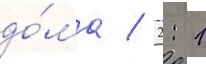
до́ма / 2: 1